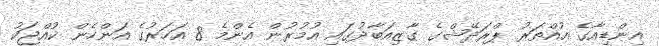
އިންޑިއާގެ އުއްތަރު ޕްރަދޭޝްގެ ގާޒިއަބާދުގައި އުމުރުން އެންމެ 8 އަހަރުގެ އަންހެން ކުއްޖަކު